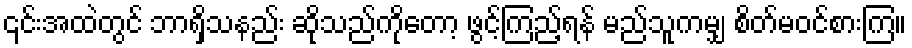
၎င်းအထဲတွင် ဘာရှိသနည်း ဆိုသည်ကိုတော့ ဖွင့်ကြည့်ရန် မည်သူကမျှ စိတ်မဝင်စားကြ။